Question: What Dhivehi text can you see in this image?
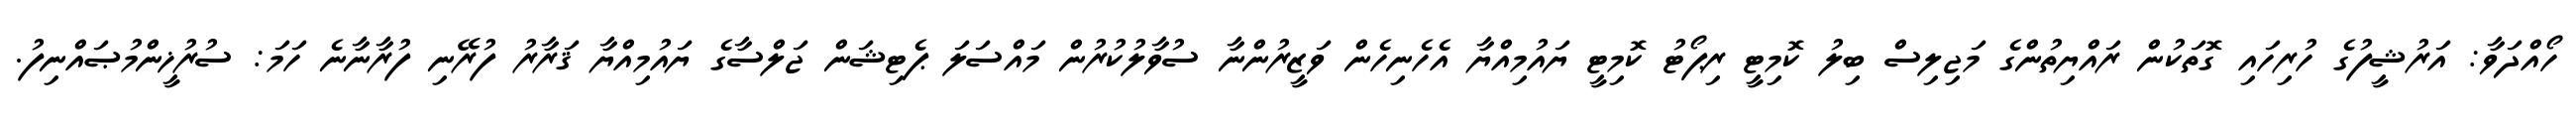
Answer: ހޯއްދަވާ: އަރުޝީފުގެ ހުރިހައި ގޮތަކުން ރައްޔިތުންގެ މަޖިލިސް ބިލު ކޮމިޓީ ރިޕޯޓު ކޮމިޓީ ޔައުމިއްޔާ އެހެނިހެން ވަޒީރުންނާ ސުވާލުކުރުން މައްސަލަ ޕެޓިޝަން ޖަލްސާގެ ޔައުމިއްޔާ ޤަރާރު ފުރޭނި ފުރާނާނެ ހަމަ: ސުރުޚީންމުޞައްނިފު.